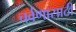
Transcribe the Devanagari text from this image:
चर्वणासाठी